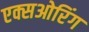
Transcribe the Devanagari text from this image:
एक्सओरिंग